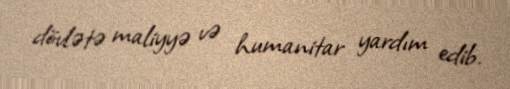
dövlətə maliyyə və humanitar yardım edib.